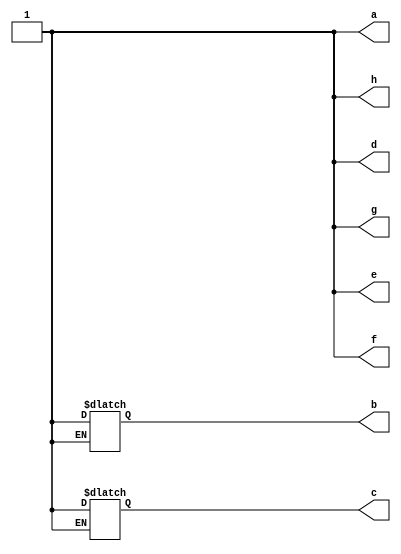
module case_expr_non_const_top(
	// expected to output all 1s
    output reg a, b, c, d, e, f, g, h
);
    reg x_1b0 = 1'b0;
    reg x_1b1 = 1'b1;
    reg signed x_1sb0 = 1'sb0;
    reg signed x_1sb1 = 1'sb1;
    reg [1:0] x_2b0 = 2'b0;
    reg [1:0] x_2b11 = 2'b11;
    reg signed [1:0] x_2sb01 = 2'sb01;
    reg signed [1:0] x_2sb11 = 2'sb11;
    reg [2:0] x_3b0 = 3'b0;

    initial begin
        case (x_2b0)
            x_1b0:   a = 1;
            default: a = 0;
        endcase
        case (x_2sb11)
            x_2sb01: b = 0;
            x_1sb1:  b = 1;
        endcase
        case (x_2sb11)
            x_1sb0:  c = 0;
            x_1sb1:  c = 1;
        endcase
        case (x_2sb11)
            x_1b0:   d = 0;
            x_1sb1:  d = 0;
            default: d = 1;
        endcase
        case (x_2b11)
            x_1sb0:  e = 0;
            x_1sb1:  e = 0;
            default: e = 1;
        endcase
        case (x_1sb1)
            x_1sb0:  f = 0;
            x_2sb11: f = 1;
            default: f = 0;
        endcase
        case (x_1sb1)
            x_1sb0:  g = 0;
            x_3b0:   g = 0;
            x_2sb11: g = 0;
            default: g = 1;
        endcase
        case (x_1sb1)
            x_1sb0:  h = 0;
            x_1b1:   h = 1;
            x_3b0:   h = 0;
            x_2sb11: h = 0;
            default: h = 0;
        endcase
    end
endmodule